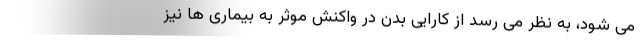
می شود، به نظر می رسد از کارایی بدن در واکنش موثر به بیماری ها نیز